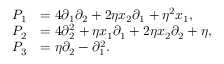
\begin{array} { r l } { { P } _ { 1 } } & { = 4 \partial _ { 1 } \partial _ { 2 } + 2 \eta x _ { 2 } \partial _ { 1 } + \eta ^ { 2 } x _ { 1 } , } \\ { { P } _ { 2 } } & { = 4 \partial _ { 2 } ^ { 2 } + \eta x _ { 1 } \partial _ { 1 } + 2 \eta x _ { 2 } \partial _ { 2 } + \eta , } \\ { { P } _ { 3 } } & { = \eta \partial _ { 2 } - \partial _ { 1 } ^ { 2 } . } \end{array}